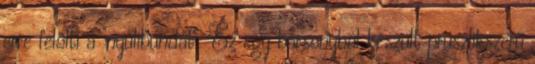
erre felölti a "nyúlibundát". Ez egy bársonyból készült pruszlikszerű